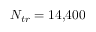
N _ { t r } = 1 4 \small { , } 4 0 0